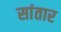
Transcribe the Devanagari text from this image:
सांतार